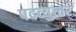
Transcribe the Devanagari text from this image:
पदव्‍युत्‍तर